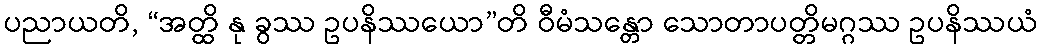
ပညာယတိ, “အတ္ထိ နု ခွဿ ဥပနိဿယော”တိ ဝီမံသန္တော သောတာပတ္တိမဂ္ဂဿ ဥပနိဿယံ